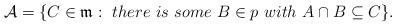
LaTeX: \begin{align*}\mathcal{A}=\{C\in \mathfrak{m}:\ there \ is \ some\ B\in p \ with\ A\cap B\subseteq C\}.\end{align*}